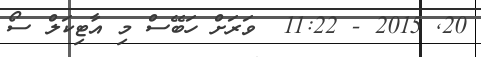
20